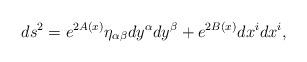
LaTeX: \begin{align*}ds^{2}=e^{2A(x)}\eta_{\alpha \beta} dy^{\alpha} dy^{\beta}+e^{2B(x)}dx^{i}dx^{i}, \end{align*}